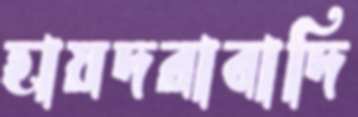
হায়দরাবাদি